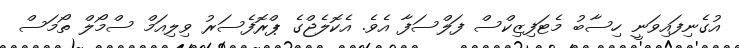
އުގެނިފައިވަނީ ހިސާބު މެޓަފިޒިކްސް ފަލްސަފާ އެވެ. އެކޮލެޖްގެ ޕްރޮފެސަރު ވިލިއަމް ސްމޯލް ތޯމަސް